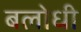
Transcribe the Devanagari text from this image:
बलोधी